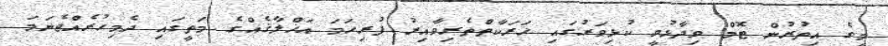
މީގެ އިތުރުން ޓޮމް ވިދާޅުވީ ކުޅިވަރުގައި ހަރަކާތްތެރިވާއިރު ފުރިހަމަ އަޚްލާޤެއްގެ މަތީގައި ދެމިހުރެއްޖެނަމަ